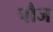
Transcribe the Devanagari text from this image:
पौज